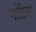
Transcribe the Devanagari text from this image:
नोटिस।